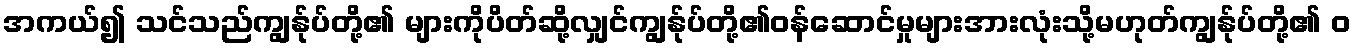
အကယ်၍ သင်သည်ကျွန်ုပ်တို့၏ များကိုပိတ်ဆို့လျှင်ကျွန်ုပ်တို့၏ဝန်ဆောင်မှုများအားလုံးသို့မဟုတ်ကျွန်ုပ်တို့၏ ၀